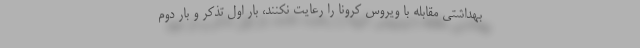
بهداشتی مقابله با ویروس کرونا را رعایت نکنند، بار اول تذکر و بار دوم